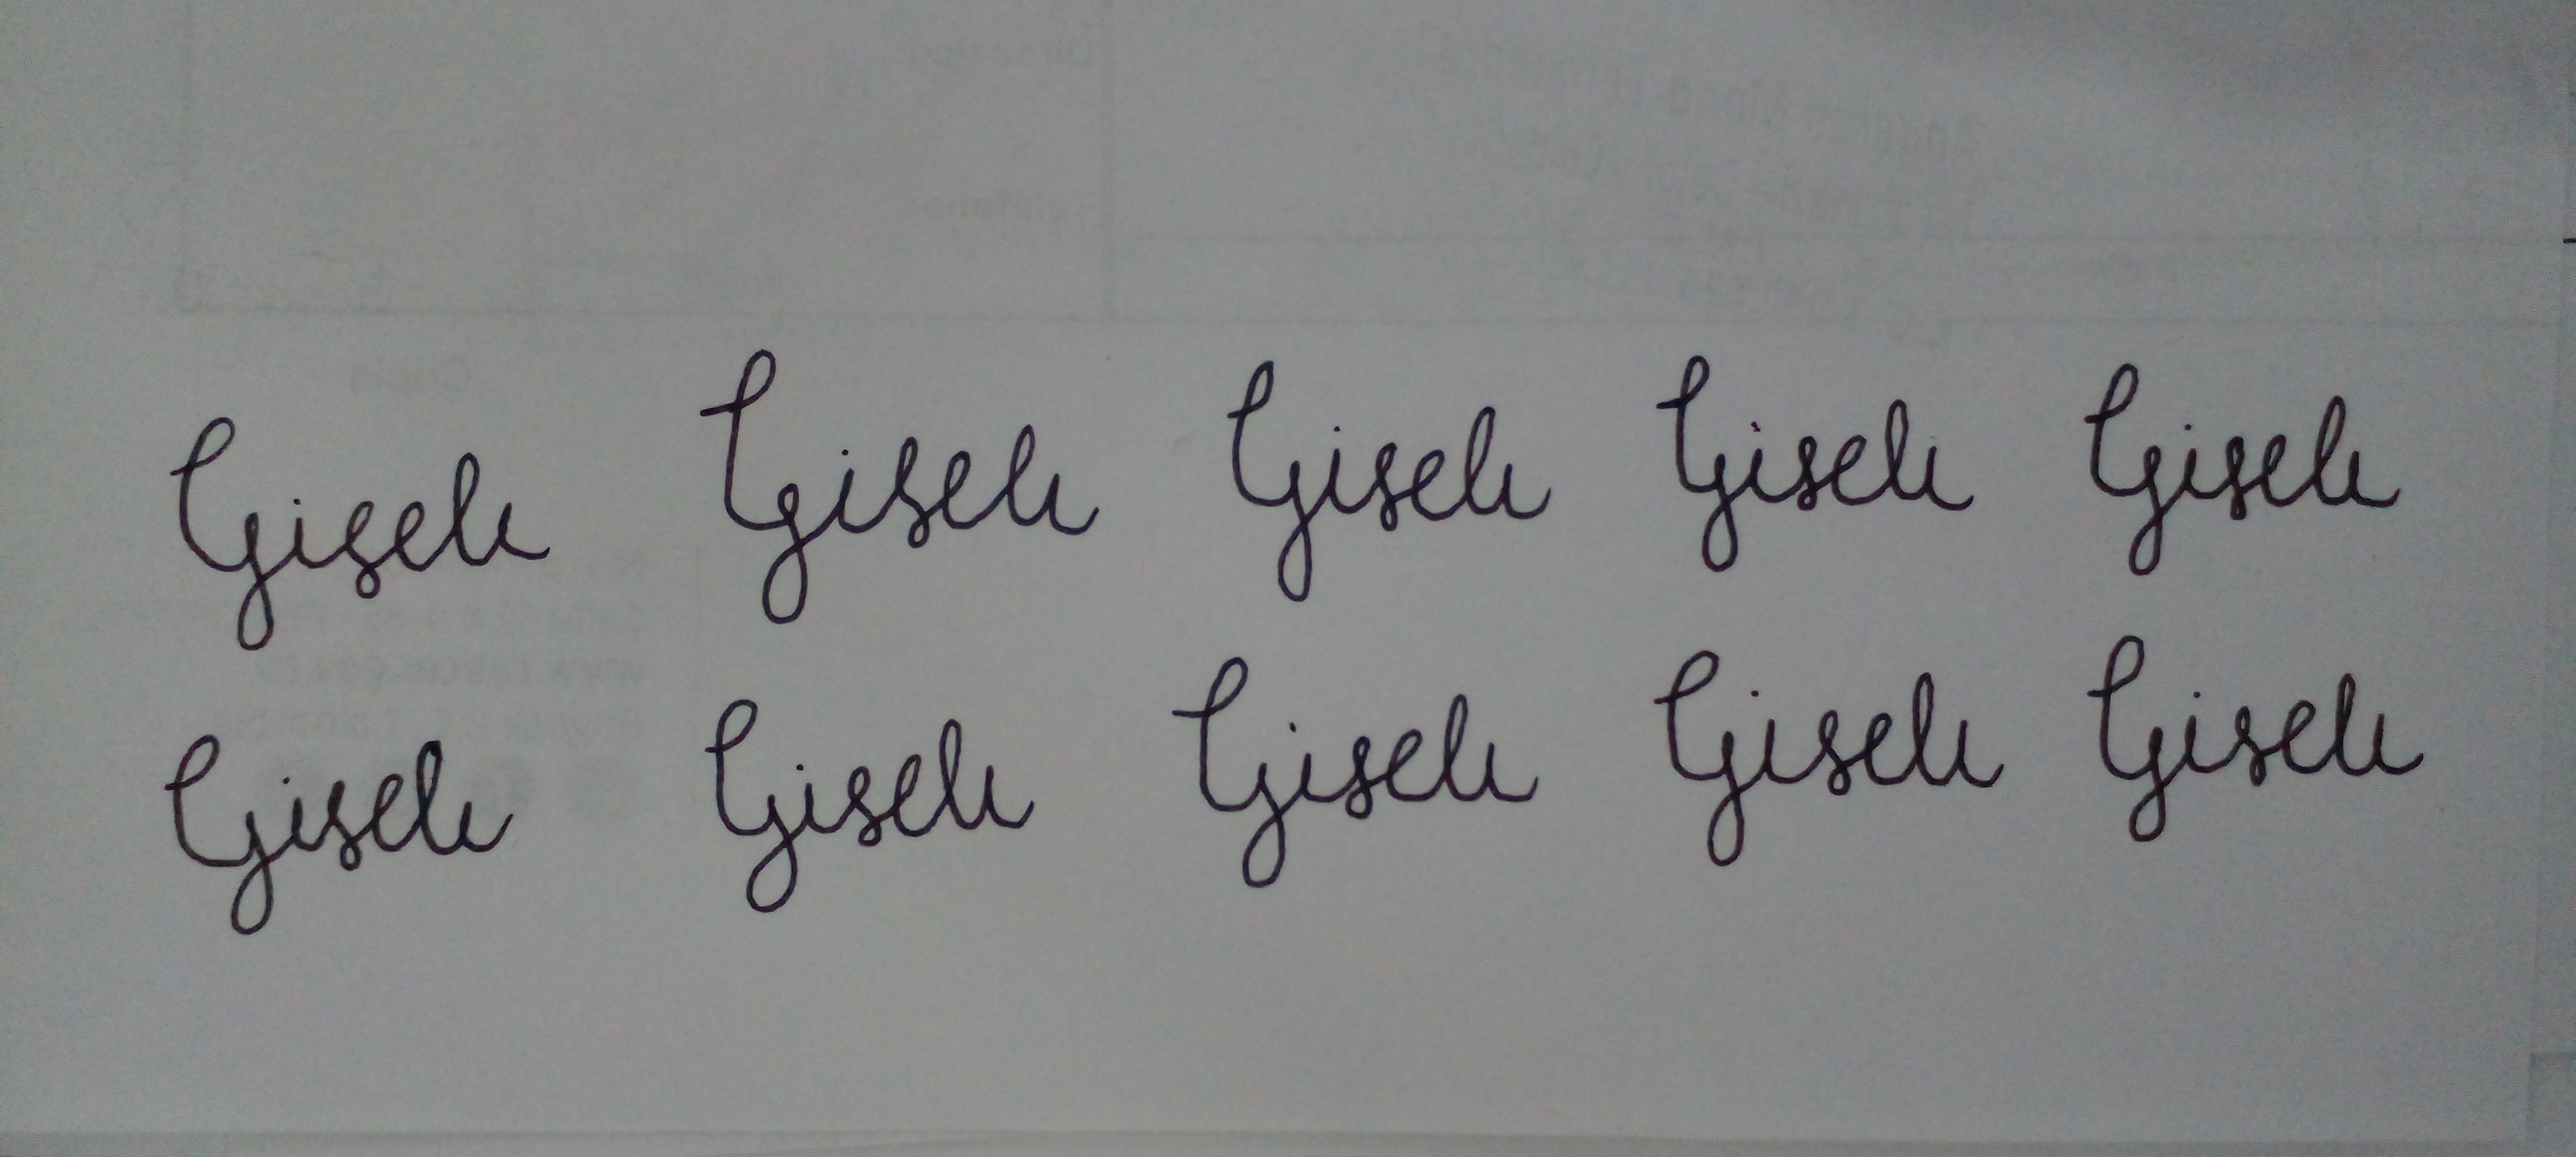
Signature authenticity: forged